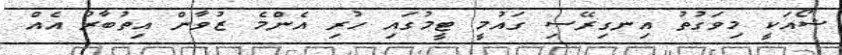
ޝޯއަކީ މިވަގުތު އިނގިރޭސި ގައުމީ ޓީމުގައި ހުރި އެންމެ ޒުވާން އިތުބާރު އެއް